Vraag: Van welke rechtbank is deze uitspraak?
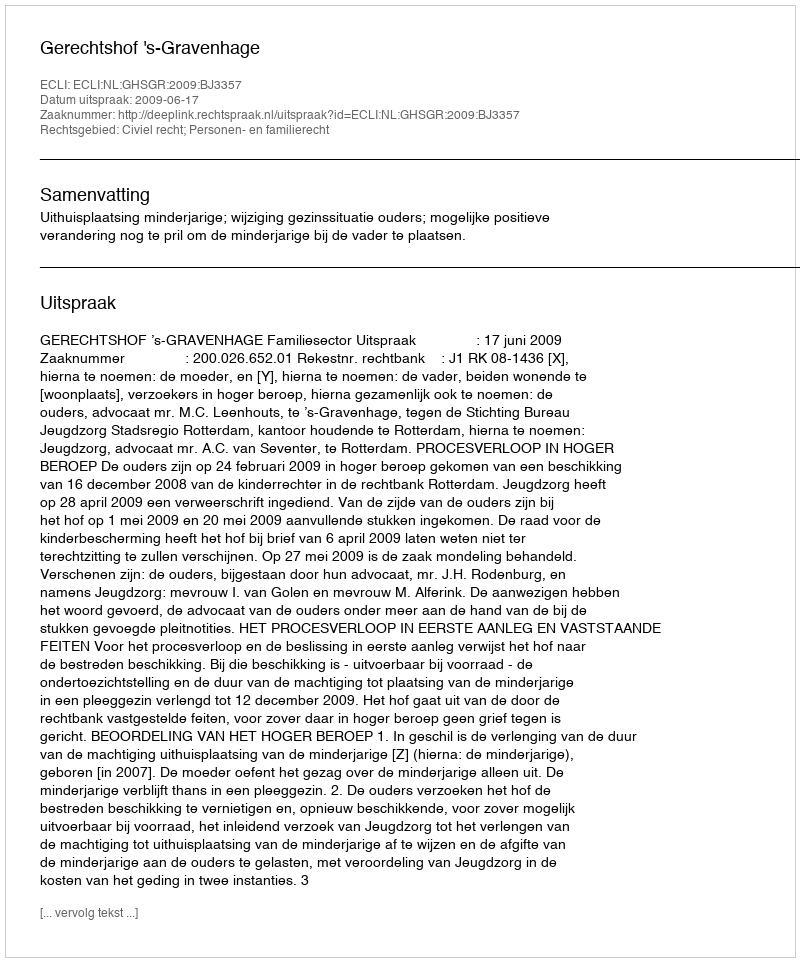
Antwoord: Gerechtshof 's-Gravenhage